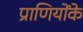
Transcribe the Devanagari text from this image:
प्राणियोंके